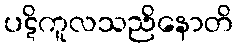
ပဋိကူလသညိနောတိ